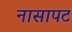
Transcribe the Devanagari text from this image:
नासापट